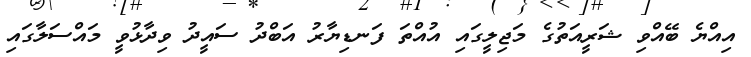
އިއްޔެ ބޭއްވި ޝަރީއަތުގެ މަޖިލީގައި އުއްތަ ފަނޑިޔާރު އަބްދު ސައީދު ވިދާޅުވީ މައްސަލާގައި